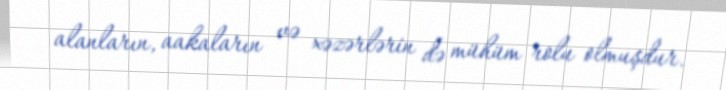
alanların, aakaların və xəzərlərin də mühüm rolu olmuşdur.